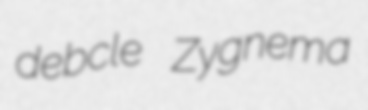
debcle Zygnema